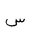
Letter: _sin